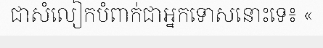
ជាសំលៀកបំពាក់ជាអ្នកទោសនោះទេ៖ «